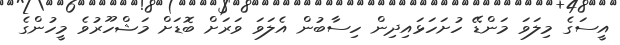
އީސަގެ މިލަވަ މަންޑޭ ހުށަހަޅައިދިން ހިސާބުން އެލަވަ ވަރަށް ބޮޑަށް މަޝްހޫރުވެ މީހުންގެ